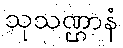
သုသဏ္ဌာနံ